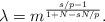
LaTeX: \begin{align*}\lambda = m^{\frac{s/p-1}{1+N-sN/p}}.\end{align*}